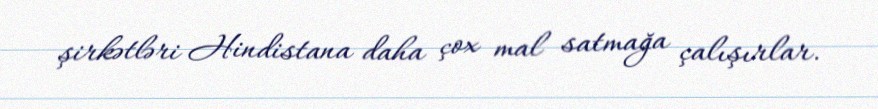
şirkətləri Hindistana daha çox mal satmağa çalışırlar.